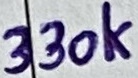
Text: 330K